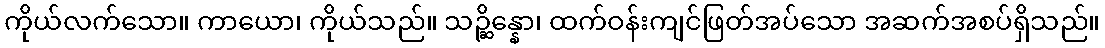
ကိုယ်လက်သော။ ကာယော၊ ကိုယ်သည်။ သဉ္ဆိန္နော၊ ထက်ဝန်းကျင်ဖြတ်အပ်သော အဆက်အစပ်ရှိသည်။